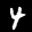
Label: 4